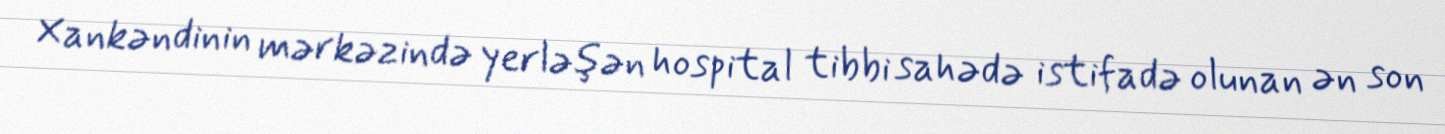
Xankəndinin mərkəzində yerləşən hospital tibbi sahədə istifadə olunan ən son